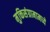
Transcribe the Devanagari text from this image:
मुक्तिसंग्रामामध्ये